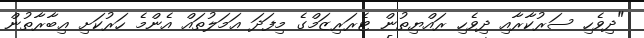
"ދިވެހި ސަރުކާރާއި ދިވެހި ރައްޔިތުން ޓެރަރިޒަމްގެ މިފަދަ ޢަމަލުތައް އެންމެ ހަރުކަށި ޢިބާރާތުން